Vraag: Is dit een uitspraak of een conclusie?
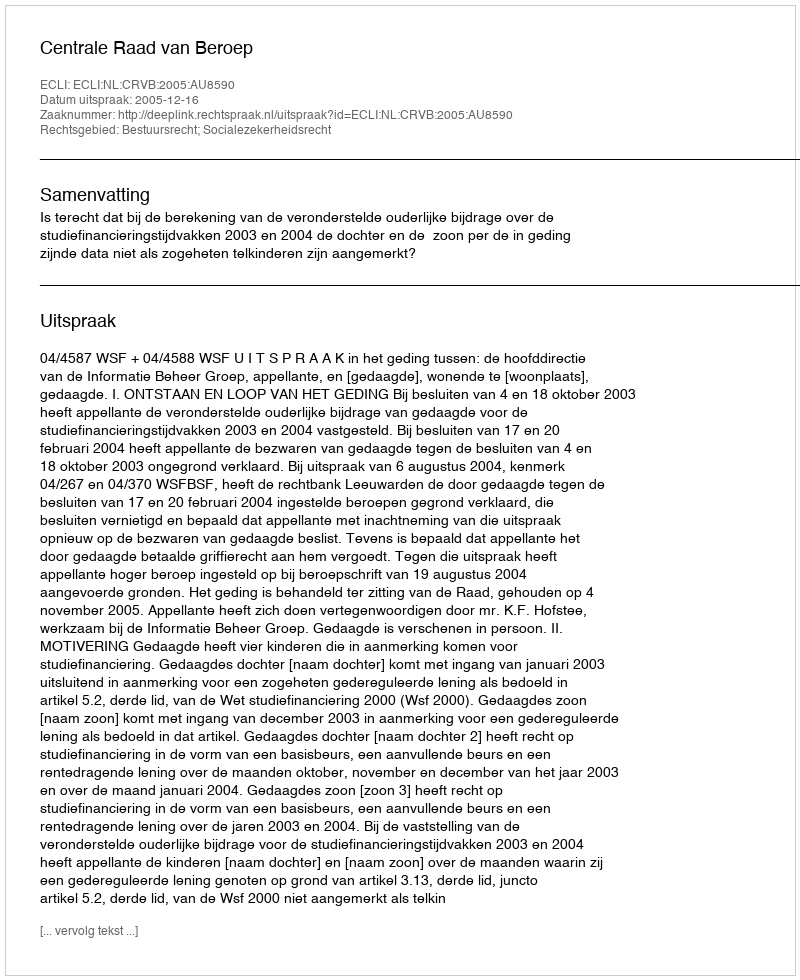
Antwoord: Uitspraak